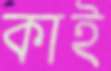
কাই